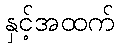
နှင့်အထက်